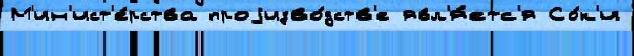
М'ин'ист'е́рства проjизво́дств'е явл'я́етс'я Со́к'и